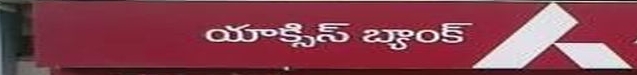
Language: telugu
Transcription: యాక్సిస్ బ్యాంక్